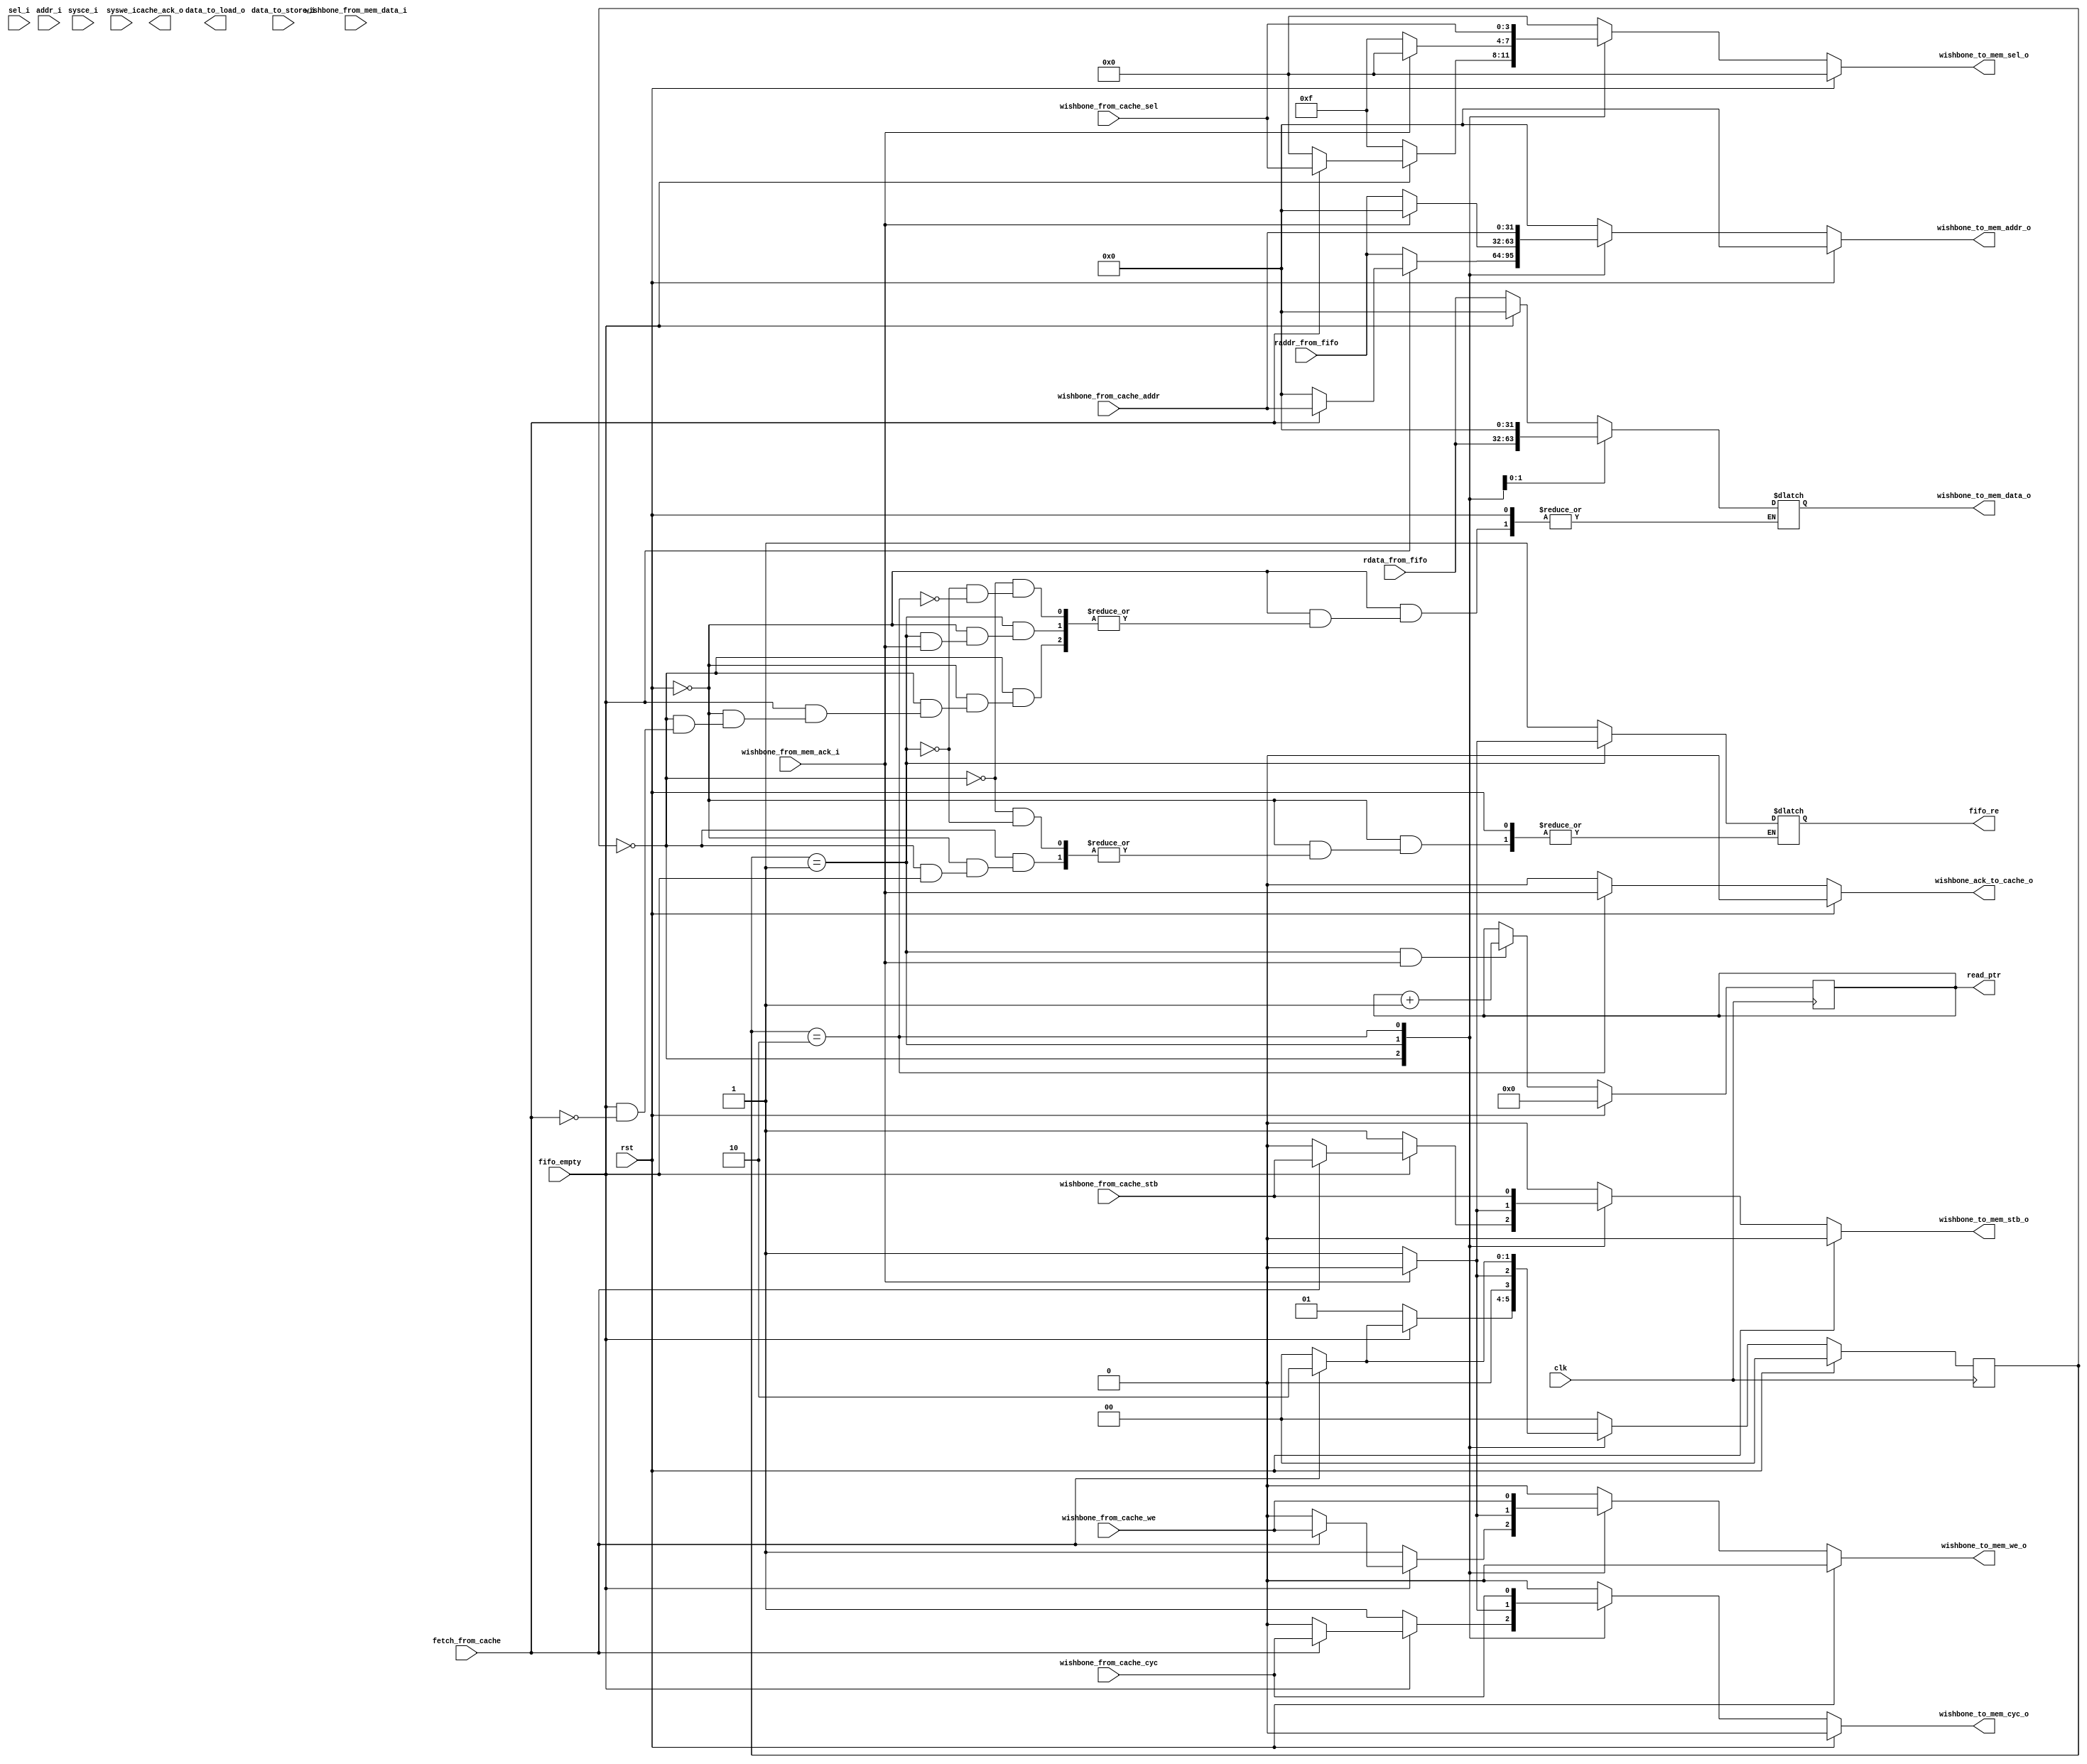
module DWISHBONE (clk,
		  rst,
		  sysce_i,
		  syswe_i,
		  sel_i,
		  addr_i,
		  data_to_store_i,
		  data_to_load_o,
		  cache_ack_o,
		  wishbone_from_mem_ack_i,
		  wishbone_from_mem_data_i,
		  wishbone_to_mem_we_o,
		  wishbone_to_mem_stb_o,
		  wishbone_to_mem_cyc_o,
		  wishbone_to_mem_sel_o,
		  wishbone_to_mem_addr_o,
		  wishbone_to_mem_data_o,
		  fifo_empty,
		  fifo_re,
		  wishbone_from_cache_we,
		  wishbone_from_cache_stb,
		  wishbone_from_cache_cyc,
		  wishbone_from_cache_sel,
		  wishbone_from_cache_addr,
		  wishbone_ack_to_cache_o,
		  fetch_from_cache,
		  read_ptr,
		  raddr_from_fifo,
		  rdata_from_fifo
		  );


input  clk, rst, sysce_i, syswe_i;
input  [3:0]  sel_i;
input  [31:0] addr_i, data_to_store_i;
input  wishbone_from_mem_ack_i;
input  [31:0] wishbone_from_mem_data_i;
input  fifo_empty;
input  wishbone_from_cache_we;
input  wishbone_from_cache_stb;
input  wishbone_from_cache_cyc;
input  [3:0]  wishbone_from_cache_sel;
input  [31:0] wishbone_from_cache_addr;
input  fetch_from_cache;
input  [31:0] raddr_from_fifo, rdata_from_fifo;

output cache_ack_o;
output reg fifo_re;
output [31:0] data_to_load_o;
output reg wishbone_to_mem_we_o;
output reg wishbone_to_mem_stb_o;
output reg wishbone_to_mem_cyc_o;
output reg [3:0]  wishbone_to_mem_sel_o;
output reg [31:0] wishbone_to_mem_addr_o;
output reg [31:0] wishbone_to_mem_data_o;
output reg wishbone_ack_to_cache_o;
output reg [5:0] read_ptr;


// Controller, choose either "fetch data from mem to cache", or "push data from store buffer to mem"
reg [1:0] NEXTSTATE, STATE;

always @(*) begin
    if (rst) begin
        wishbone_to_mem_we_o = 1'b0;
        wishbone_to_mem_stb_o = 1'b0;
        wishbone_to_mem_cyc_o = 1'b0;
        wishbone_to_mem_sel_o = 4'b0;
        wishbone_to_mem_addr_o = 32'b0;
	wishbone_ack_to_cache_o = 1'b0;
        NEXTSTATE = 2'b00;
    end
    else begin
	wishbone_to_mem_we_o = 1'b0;
        wishbone_to_mem_stb_o = 1'b0;
        wishbone_to_mem_cyc_o = 1'b0;
        wishbone_to_mem_sel_o = 4'b0;
        wishbone_to_mem_addr_o = 32'b0;
	wishbone_ack_to_cache_o = 1'b0;
        NEXTSTATE = 2'b00;
        case (STATE) 
            2'b00 : begin
                if (!fifo_empty) begin
                    fifo_re = 1'b1;
                    wishbone_to_mem_we_o = 1'b1;
                    wishbone_to_mem_stb_o = 1'b1;
                    wishbone_to_mem_cyc_o = 1'b1;
                    wishbone_to_mem_sel_o = 4'b1111;
                    wishbone_to_mem_addr_o = raddr_from_fifo;
                    wishbone_to_mem_data_o = rdata_from_fifo;
                    NEXTSTATE = 2'b01;
                end
                else if (fetch_from_cache) begin
                    wishbone_to_mem_we_o = wishbone_from_cache_we;
                    wishbone_to_mem_stb_o = wishbone_from_cache_stb;
                    wishbone_to_mem_cyc_o = wishbone_from_cache_cyc;
                    wishbone_to_mem_sel_o = wishbone_from_cache_sel;
                    wishbone_to_mem_addr_o = wishbone_from_cache_addr;
                    wishbone_to_mem_data_o = 32'b0;
                    NEXTSTATE = 2'b10;
                end
            end
	    2'b01 : begin
		if (wishbone_from_mem_ack_i) begin
		    fifo_re = 1'b0;
                    NEXTSTATE = 2'b00;
		end
		else begin
		    fifo_re = 1'b1;
		    wishbone_to_mem_we_o = 1'b1;
                    wishbone_to_mem_stb_o = 1'b1;
                    wishbone_to_mem_cyc_o = 1'b1;
                    wishbone_to_mem_sel_o = 4'b1111;
		    wishbone_to_mem_addr_o = raddr_from_fifo;
                    wishbone_to_mem_data_o = rdata_from_fifo;
                    NEXTSTATE = 2'b01;
		end
	    end
	    2'b10 : begin
		wishbone_to_mem_we_o = wishbone_from_cache_we;
                wishbone_to_mem_stb_o = wishbone_from_cache_stb;
                wishbone_to_mem_cyc_o = wishbone_from_cache_cyc;
                wishbone_to_mem_sel_o = wishbone_from_cache_sel;
                wishbone_to_mem_addr_o = wishbone_from_cache_addr;
                wishbone_to_mem_data_o = 32'b0;
		wishbone_ack_to_cache_o = wishbone_from_mem_ack_i;
		if (!fetch_from_cache) begin
		    NEXTSTATE = 2'b00;
		end
		else begin
		    NEXTSTATE = 2'b10;
		end
	    end
        endcase
    end
end

// Get next STATE
always @(posedge clk) begin
    if (rst) begin
	STATE <= 2'b0;
	read_ptr <= 6'b0;
    end
    else begin
	STATE <= NEXTSTATE;
	if (STATE == 2'b01 && wishbone_from_mem_ack_i)
	    read_ptr <= read_ptr + 1'b1;
    end
end


endmodule